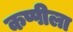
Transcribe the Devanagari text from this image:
कप्पीला